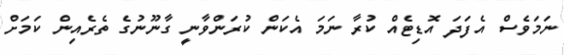
ނަމަވެސް އެފަދަ އޮޑިޓެއް ކުރާ ނަމަ އެކަން ކުރަންވާނީ ގާނޫނުގެ ތެރެއިން ކަމަށް